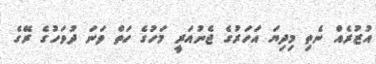
އުޒުރެއް ނެތި މިދިޔަ އަހަރުގެ ޖެނުއަރީ މަހުގެ ހަތް ވަނަ ދުވަހުގެ ރޭގެ